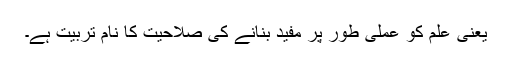
یعنی علم کو عملی طور پر مفید بنانے کی صلاحیّت کا نام تربیّت ہے۔